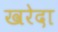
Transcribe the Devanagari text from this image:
खरेदा